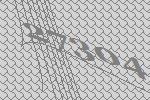
27304